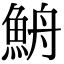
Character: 𩶣